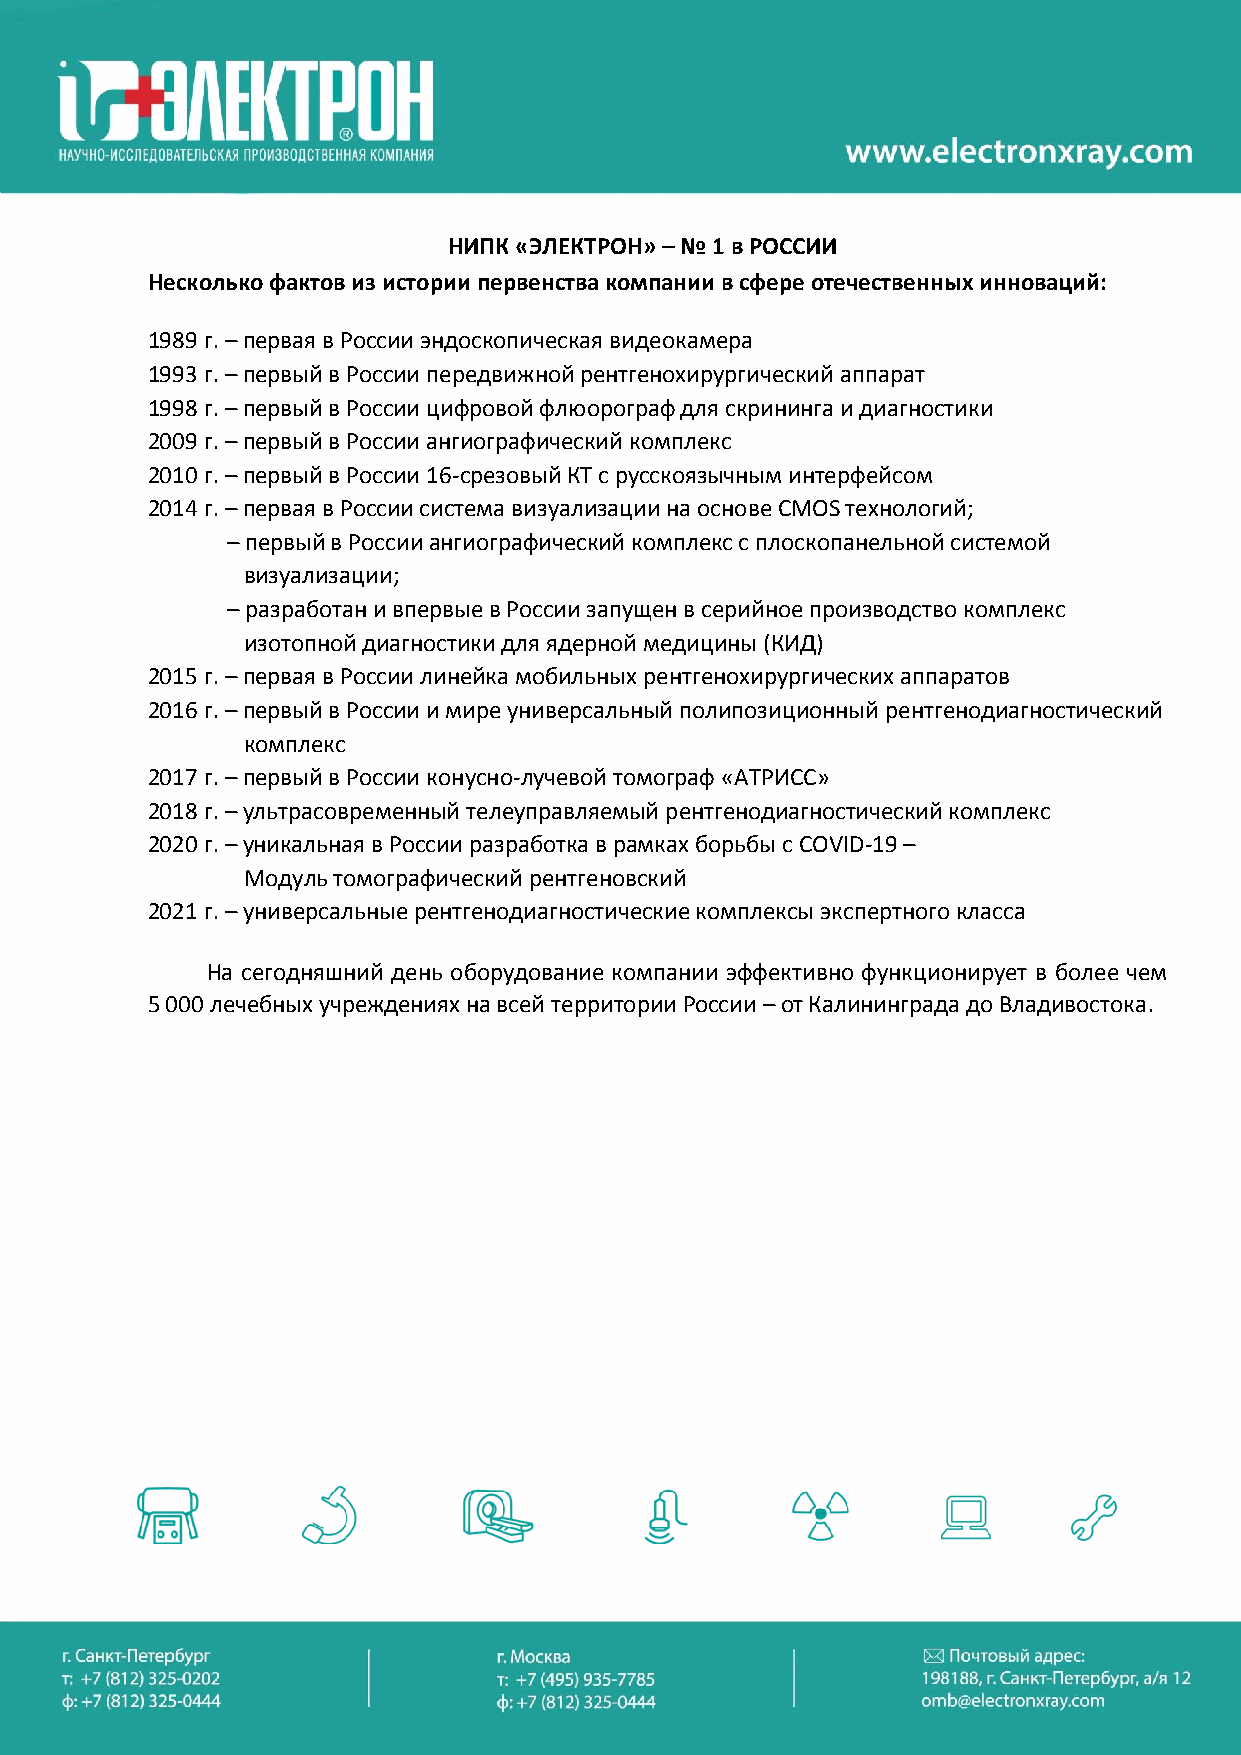
НИПК «ЭЛЕКТРОН» – № 1 в РОССИИ
 Несколько фактов из истории первенства компании в сфере отечественных инноваций:
 1989 г. – первая в России эндоскопическая видеокамера
 1993 г. – первый в России передвижной рентгенохирургический аппарат
 1998 г. – первый в России цифровой флюорограф для скрининга и диагностики
 2009 г. – первый в России ангиографический комплекс
 2010 г. – первый в России 16-срезовый КТ с русскоязычным интерфейсом
 2014 г. – первая в России система визуализации на основе CMOS технологий;
 – первый в России ангиографический комплекс с плоскопанельной системой
 визуализации;
 – разработан и впервые в России запущен в серийное производство комплекс
 изотопной диагностики для ядерной медицины (КИД)
 2015 г. – первая в России линейка мобильных рентгенохирургических аппаратов
 2016 г. – первый в России и мире универсальный полипозиционный рентгенодиагностический
 комплекс
 2017 г. – первый в России конусно-лучевой томограф «АТРИСС»
 2018 г. – ультрасовременный телеуправляемый рентгенодиагностический комплекс
 2020 г. – уникальная в России разработка в рамках борьбы с COVID-19 –
 Модуль томографический рентгеновский
 2021 г. – универсальные рентгенодиагностические комплексы экспертного класса
 На сегодняшний день оборудование компании эффективно функционирует в более чем
 5 000 лечебных учреждениях на всей территории России – от Калининграда до Владивостока.